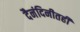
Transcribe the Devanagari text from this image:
दैनंदिनीतही